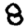
Digit: 8